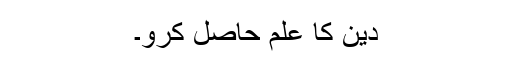
دین کا علم حاصل کرو۔